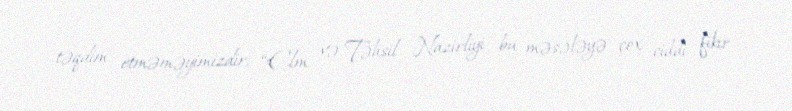
təqdim etməməyimizdir: “Elm və Təhsil Nazirliyi bu məsələyə çox ciddi fikir